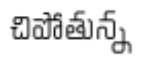
చిపోతున్న